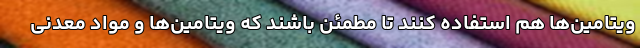
ویتامین‌ها هم استفاده کنند تا مطمئن باشند که ویتامین‌ها و مواد معدنی